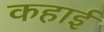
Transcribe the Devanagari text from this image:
कहाई